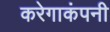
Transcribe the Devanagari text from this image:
करेगाकंपनी